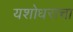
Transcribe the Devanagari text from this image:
यशोधराचा